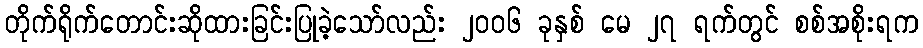
တိုက်ရိုက်တောင်းဆိုထားခြင်းပြုခဲ့သော်လည်း ၂၀၀၆ ခုနှစ် မေ ၂၇ ရက်တွင် စစ်အစိုးရက